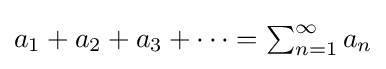
{\textstyle a_{1}+a_{2}+a_{3}+\cdots =\sum _{n=1}^{\infty }a_{n}}